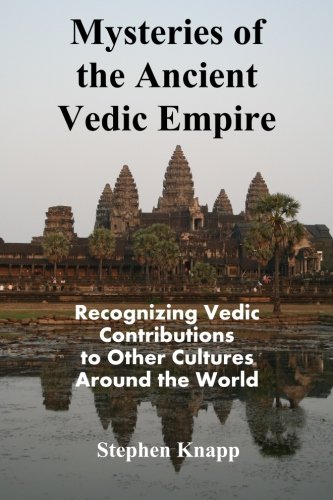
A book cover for Mysteries of the Ancient Vedic Empire: Recognizing Vedic Contributions to Other Cultures Around the World; Stephen Knapp; Religion & Spirituality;